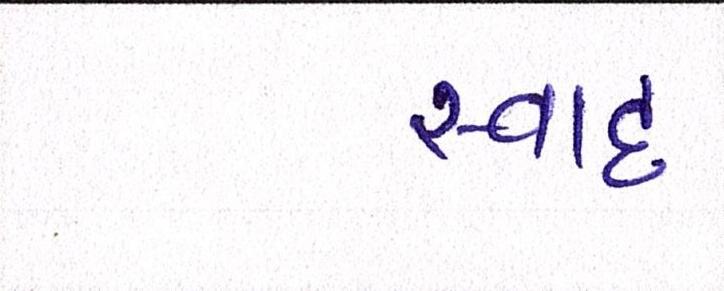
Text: સ્વાદ